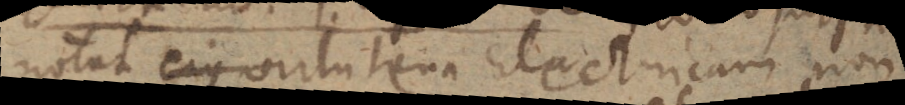
notat ejus virtutem Electricam non